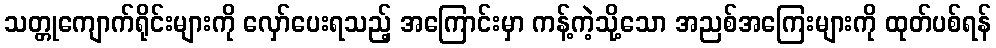
သတ္တုကျောက်ရိုင်းများကို လှော်ပေးရသည့် အကြောင်းမှာ ကန့်ကဲ့သို့သော အညစ်အကြေးများကို ထုတ်ပစ်ရန်